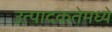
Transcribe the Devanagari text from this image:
उत्पादकतेमध्ये